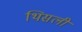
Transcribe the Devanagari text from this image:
थिसली